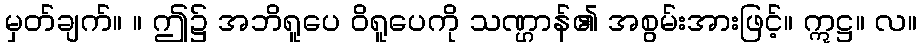
မှတ်ချက်။ ။ ဤ၌ အဘိရူပေ ဝိရူပေကို သဏ္ဌာန်၏ အစွမ်းအားဖြင့်။ ဣဋ္ဌ။ လ။